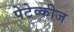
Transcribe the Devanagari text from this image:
पेटेव्कीज